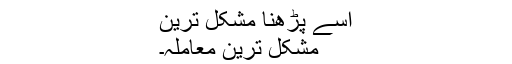
اسے پڑھنا مشکل ترین
مشکل ترین معاملہ۔